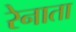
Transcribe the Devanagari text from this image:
रेनाता